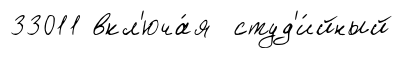
33011 вкл'юча́я студ'и́йный